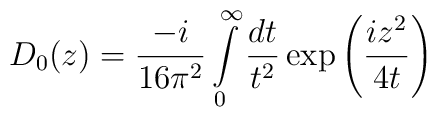
D_0(z)=\frac {-i}{16\pi^2}\int\limits_0^\infty \frac{dt}{t^2}\exp \left (\frac{iz^2}{4t}\right )